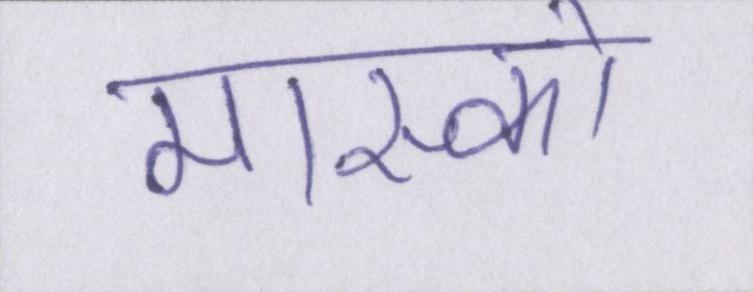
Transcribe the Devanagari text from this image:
मास्को